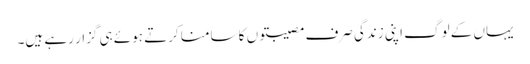
یہاں کے لوگ اپنی زندگی صرف مصیبتوں کا سامنا کرتے ہوئے ہی گزار رہے ہیں۔